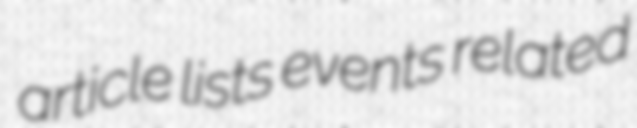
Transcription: article lists events related